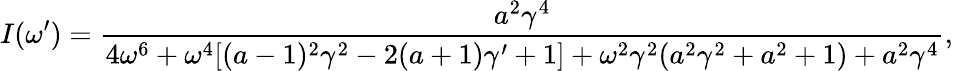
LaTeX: I(\omega^{\prime})=\frac{a^{2}\gamma^{4}}{4\omega^{6}+\omega^{4}[(a-1)^{2}\gamma^{2}-2(a+1)\gamma^{\prime}+1]+\omega^{2}\gamma^{2}(a^{2}\gamma^{2}+a^{2}+1)+a^{2}\gamma^{4}},